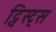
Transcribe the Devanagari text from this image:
ट्विस्ट्स